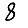
Digit: 8